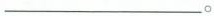
___。